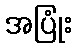
အပြုံး